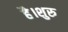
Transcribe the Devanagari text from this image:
है।शुरु